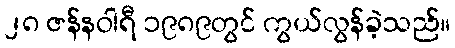
၂၈ ဇန်နဝါရီ ၁၉၈၉တွင် ကွယ်လွန်ခဲ့သည်။